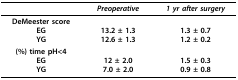
|  | Preoperative | 1 yr after surgery |
 | --- | --- | --- |
 | DeMeester scoreEGYG | 13.2 ± 1.312.6 ± 1.3 | 1.3 ± 0.71.2 ± 0.2 |
 | (%) time pH<4EGYG | 12 ± 2.07.0 ± 2.0 | 1.5 ± 0.30.9 ± 0.8 |